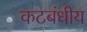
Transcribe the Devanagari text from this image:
कटबंधीय